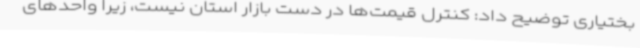
بختیاری توضیح داد: کنترل قیمت‌ها در دست بازار استان نیست، زیرا واحدهای